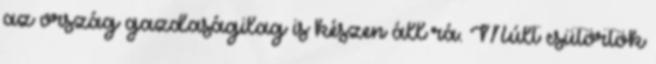
az ország gazdaságilag is készen áll rá. Múlt csütörtök